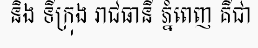
និង ទីក្រុង រាជធានី ភ្នំពេញ គឺជា